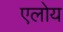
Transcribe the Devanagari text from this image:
एलोय